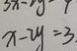
x - 2 y = 3